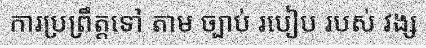
ការប្រព្រឹត្តទៅ តាម ច្បាប់ របៀប របស់ វង្ស